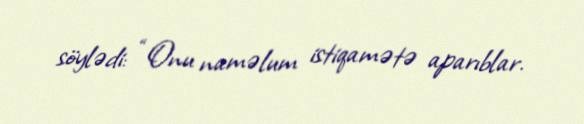
söylədi: “Onu naməlum istiqamətə aparıblar.